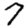
Digit: 7